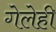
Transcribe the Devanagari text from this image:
गेलेही